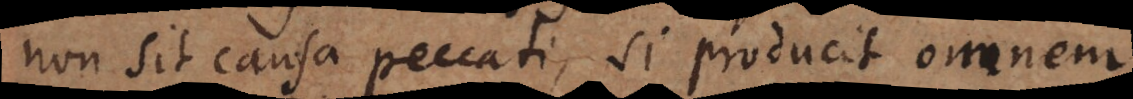
non sit causa peccati, si producit omnem